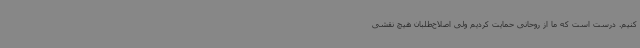
کنیم. درست است که ما از روحانی حمایت کردیم ولی اصلاح‌طلبان هیچ نقشی